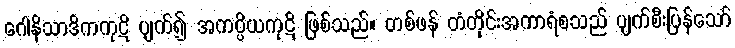
ဂေါနိသာဒိကကုဋိ ပျက်၍ အကပ္ပိယကုဋိ ဖြစ်သည်။ တစ်ဖန် တံတိုင်းအကာရံစသည် ပျက်စီးပြန်သော်